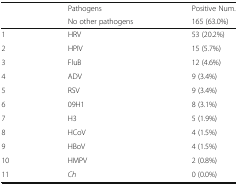
<table><thead><tr><td rowspan="2"></td><td><b>Pathogens</b></td><td><b>Positive Num.</b></td></tr><tr><td><b>No other pathogens</b></td><td><b>165 (63.0%)</b></td></tr></thead><tbody><tr><td>1</td><td>HRV</td><td>53 (20.2%)</td></tr><tr><td>2</td><td>HPIV</td><td>15 (5.7%)</td></tr><tr><td>3</td><td>FluB</td><td>12 (4.6%)</td></tr><tr><td>4</td><td>ADV</td><td>9 (3.4%)</td></tr><tr><td>5</td><td>RSV</td><td>9 (3.4%)</td></tr><tr><td>6</td><td>09H1</td><td>8 (3.1%)</td></tr><tr><td>7</td><td>H3</td><td>5 (1.9%)</td></tr><tr><td>8</td><td>HCoV</td><td>4 (1.5%)</td></tr><tr><td>9</td><td>HBoV</td><td>4 (1.5%)</td></tr><tr><td>10</td><td>HMPV</td><td>2 (0.8%)</td></tr><tr><td>11</td><td><i>Ch</i></td><td>0 (0.0%)</td></tr></tbody></table>